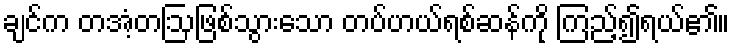
ချင်က တအံ့တဩဖြစ်သွားသော တပ်ဟယ်ရစ်ဆန်ကို ကြည့်၍ရယ်၏။